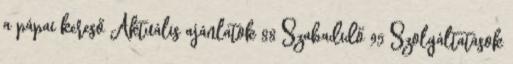
a pápai kereső Aktuális ajánlatok 88 Szabadidő 95 Szolgáltatások